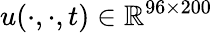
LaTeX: u(\cdot,\cdot,t)\in\mathbb{R}^{96\times 200}